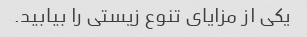
یکی از مزایای تنوع زیستی را بیابید.